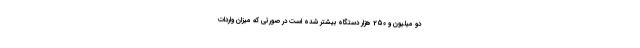
دو میلیون و 250 هزار دستگاه بیشتر شده است در صورتی که میزان واردات